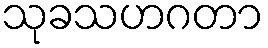
သုခသဟဂတာ